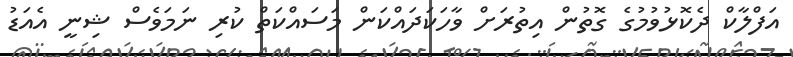
އަފްލާކް ދެކޮޅުވުމުގެ ގޮތުން އިތުރަށް ވާހަކަދައްކަން މަސައްކަތް ކުރި ނަމަވެސް ޝިނީ އެއަޑު